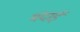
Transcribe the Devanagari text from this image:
मंदाई